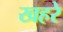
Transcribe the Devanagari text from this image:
खहरे